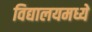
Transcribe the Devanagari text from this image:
विद्यालयमध्ये